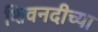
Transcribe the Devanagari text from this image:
शिवनदीच्या